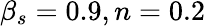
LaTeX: \beta_{s}=0.9,n=0.2